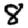
Digit: 8